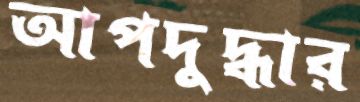
আপদুদ্ধার